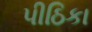
પીઠિકા